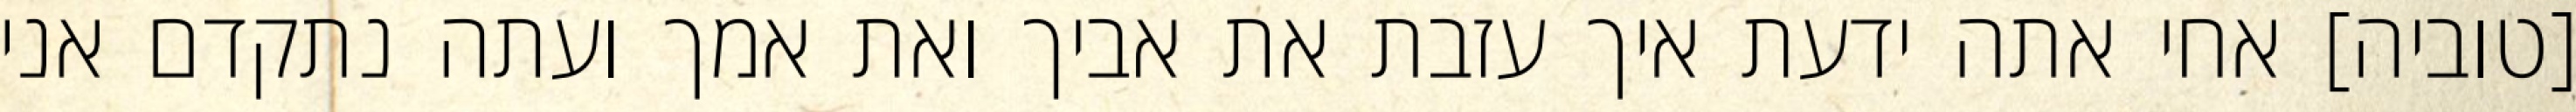
[טוביה] אחי אתה ידעת איך עזבת את אביך ואת אמך ועתה נתקדם אני